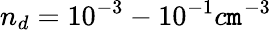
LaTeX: n_{d}=10^{-3}-10^{-1}c\mathtt{m}^{-3}